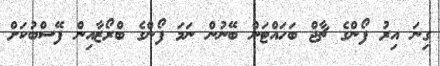
ގިނަ އިރު ފޯންގެ ޗާޖް ބަހައްޓަން ބޭނުން ނަމަ ފޯންގެ ބްރޯޒާއިން ފޭސްބުކަށް